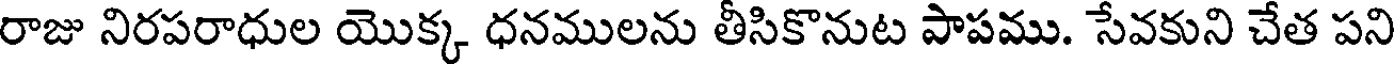
రాజు నిరపరాధుల యొక్క ధనములను తీసికొనుట పాపము. సేవకుని చేత పని